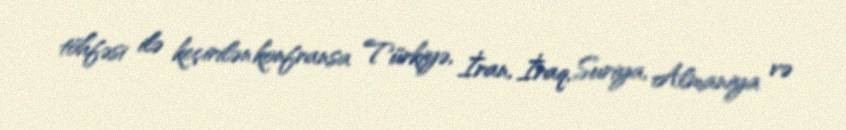
töhfəsi ilə keçirilən konfransa Türkiyə, İran, İraq, Suriya, Almaniya və